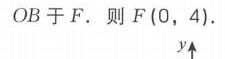
\(OB\)于\(F\). 则\(F(0,4)\).
![y轴](https://pic2.zhimg.com/v2-88c8c6d69789d2a27d86c6d8996989c3_b.jpg)